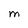
Character: M